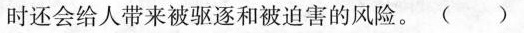
时还会给人带来被驱逐和被迫害的风险。( )